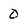
Character: 0